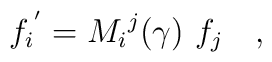
{f_i}^{'} = {M_i}^j(\gamma)~f_j\quad,